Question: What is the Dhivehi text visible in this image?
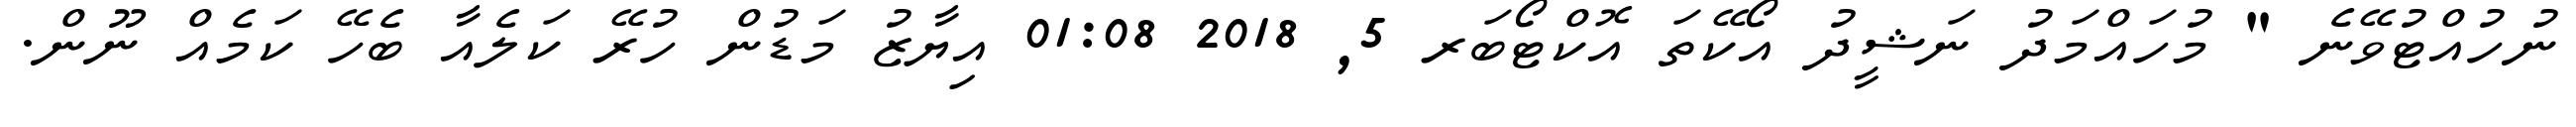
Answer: ނުހުއްޓުވޭނެ " މުހައްމަދު ނަޝީދު އޯކޭތަ އޮކްޓޯބަރ 5, 2018 01:08 އިޔާޒު މަޑުން ހުރޭ ކަލެއާ ބެހޭ ކަމެއް ނޫން.